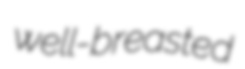
well-breasted